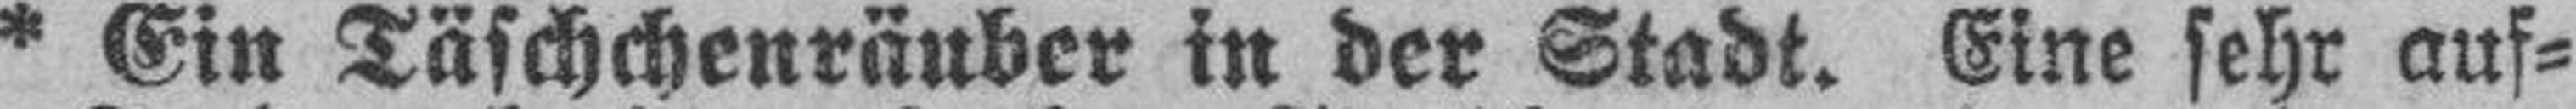
* Ein Täschchenräuber in der Stadt. Eine sehr auf¬